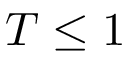
T \leq 1